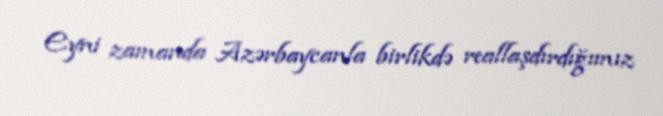
Eyni zamanda Azərbaycanla birlikdə reallaşdırdığımız